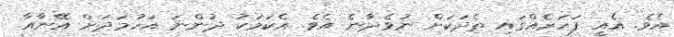
އެވެ. އެއީ ފަހަރެއްގައި ތެދަކަށް ނުވެދާނެ އެވެ. އެކަމަކު ދުންނަ އަހުމަދަށް އޭނާއާ